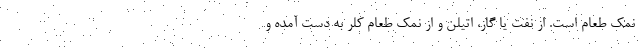
نمک طعام است. از نفت یا گاز، اتیلن و از نمک طعام کلر به دست آمده و